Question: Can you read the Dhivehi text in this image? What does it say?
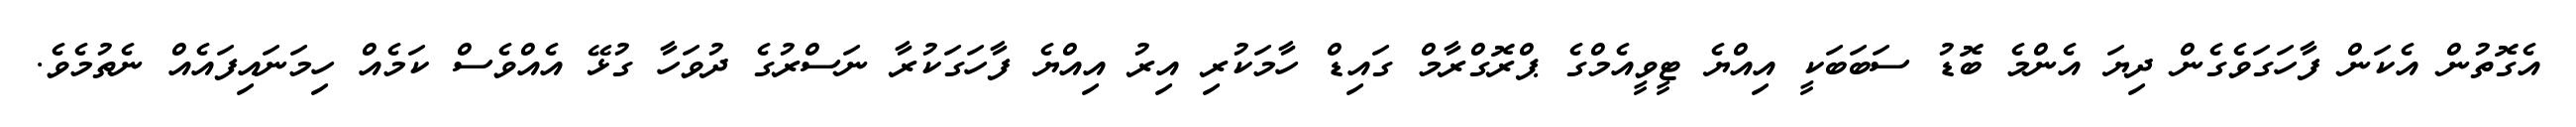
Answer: އެގޮތުން އެކަން ފާހަގަވެގެން ދިޔަ އެންމެ ބޮޑު ސަބަބަކީ އިއްޔެ ޓީވީއެމްގެ ޕްރޮގްރާމް ގައިޑް ހާމަކުރި އިރު އިއްޔެ ފާހަގަކުރާ ނަސްރުގެ ދުވަހާ ގުޅޭ އެއްވެސް ކަމެއް ހިމަނައިފައެއް ނެތުމެވެ.